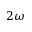
2 \omega